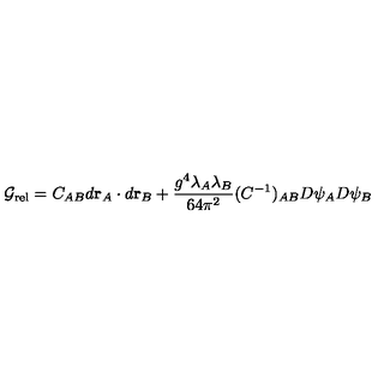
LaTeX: { \cal G } _ { \mathrm { r e l } } = C _ { A B } d { \bf r } _ { A } \cdot d { \bf r } _ { B } + \frac { g ^ { 4 } \lambda _ { A } \lambda _ { B } } { 6 4 \pi ^ { 2 } } ( C ^ { - 1 } ) _ { A B } D \psi _ { A } D \psi _ { B }